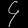
Digit: ၄